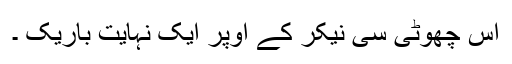
اس چھوٹی سی نیکر کے اوپر ایک نہایت باریک ۔